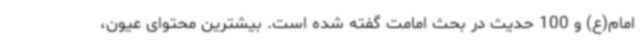
امام(ع) و 100 حدیث در بحث امامت گفته شده است. بیشترین محتوای عیون،